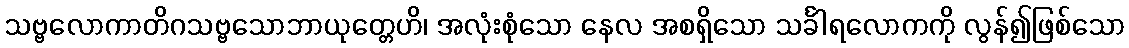
သဗ္ဗလောကာတိဂသဗ္ဗသောဘာယုတ္တေဟိ၊ အလုံးစုံသော နေလ အစရှိသော သင်္ခါရလောကကို လွန်၍ဖြစ်သော